Statistical return of the lunatic asylum in Assam - 1912-1932
Year: 1912
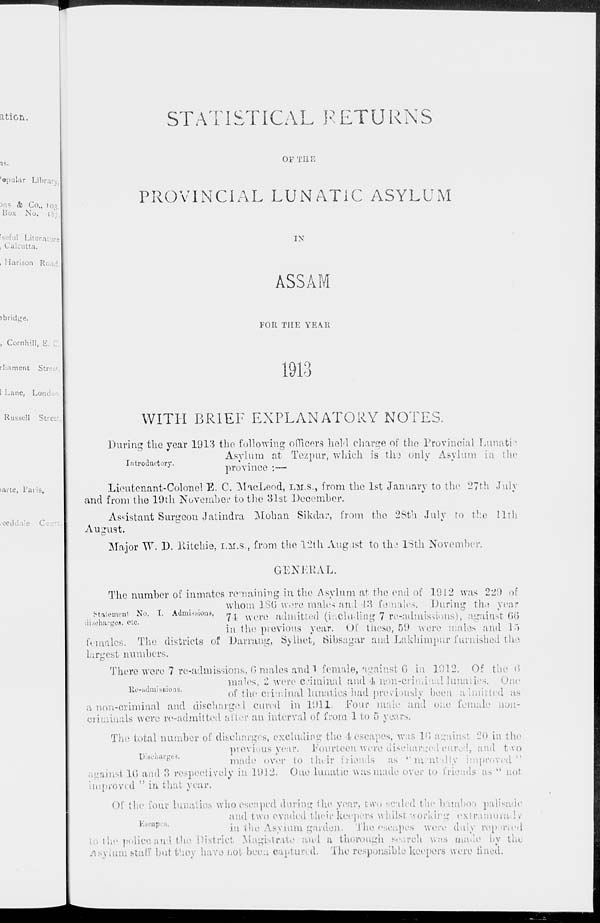
ation.
•I 1 ;.
'•pular Library
Dns & Co., 703,
Box No. 187
fscful Literature
, Calcutta.
, Hanson R<
i bridge.
, Cornhill, H. C
rliament Streel
1 Lane, Loi
Russell Street
>arte, Taiis.
/eeddale C :
STATISTICAL RETURNS
or THE
PROVINCIAL LUNATIC ASYLUM
IN
ASSAM
FOR THE YE Alt
191° 6
WITH BRIEF EXPLANATORY NOTES.
During the year 1913 the following officers held charge of the Provincial Lunatic
Asylum at Tezpur. which is th-j only Asylum in the
Introductory.
* •
l
J
J
province :—
Lieutenant-Colonel "E. C. MacLeod, I.M.S., from the 1st January to the 27th July
and from the 19th November to the 31st December.
Assistant Surgeon Jatindra Mohan Sikdar, from the 28th July to the 11th
August.
Major W. D. Ritchie, I.M.S., from the 12th Aug 1st to the 13th November.
GENERAL.
The number of inmates remaining in the Asylum at the end of 1912 was 229 of
whom ISO were males and 13 females. Daring the year
statement No. I. Admissions, ^
admitted (including 7 re-adinissious), against 66
discharges, etc.
.'
.
v
,
i
in the previous year. Ot these, 59 wero males and 15
females. The districts of Darning, Sylhet, fiibsagar and Lakhimpur furnished the
largest numbers.
There were 7 re-admissions, G males and 1 female, against 6 in 1912. Of the 6
males, 2 were criminal and 4 non-criminal lunatics. One
of the criminal lunatics had previously been admitted as
anon-criminal and discharged cured in 1911. .Four male and one female non-
criminals were re-admitted after an interval of from 1 to 5 years.
The total number of discharges, excluding the 4 escapes, was 10 against 20 in the
previous year. Fourteen were discharged cured, and two
Di8t ' har fi e *-
m ade over to their friends as "mentally improved"
gainst 1G and 3 respectively in 1912. One lunatic was made over to friends as " nol
improved ; ' in that year.
Of the tout' lunatics who escaped during the year, two scaled the bamboo palisade
and two evaded their keepers whilst working extramura ly
in the Ysyium garden. The escapes were duly caponed
the police niul the District Magistrate and a thorough search was made by the
Asylum stall' bul they have not been capture d. The responsible keepers were fined.
Bo-admissions.